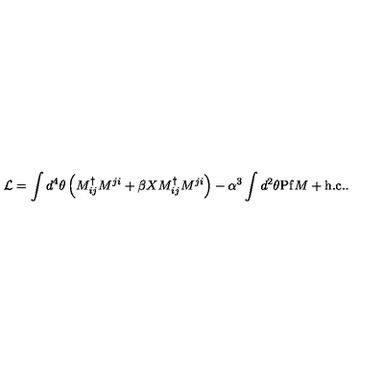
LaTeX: { \cal L } = \int d ^ { 4 } \theta \left( M _ { i j } ^ { \dag } M ^ { j i } + \beta X M _ { i j } ^ { \dag } M ^ { j i } \right) - \alpha ^ { 3 } \int d ^ { 2 } \theta \mathrm { P f } M + \mathrm { h . c . } .